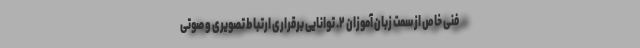
فنی خاص از سمت زبان آموزان ۲. توانایی برقراری ارتباط تصویری و صوتی